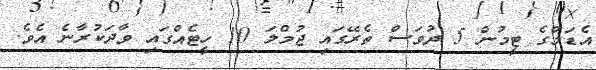
އެޑަމްގެ ޓީމުން 5 ދުވަސް ތެރޭގައި ޖުމްލަ 10 ހީޓެއްގައި ވާދަކުރާނެ އެވެ.